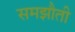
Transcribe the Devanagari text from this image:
समझौती